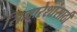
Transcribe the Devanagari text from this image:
सिमारेशांसाठी